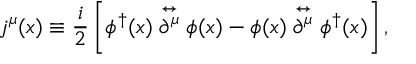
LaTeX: j ^ { \mu } ( x ) \equiv \frac { i } { 2 } \left[ \phi ^ { \dagger } ( x ) \stackrel { \leftrightarrow } { \partial ^ { \mu } } \phi ( x ) - \phi ( x ) \stackrel { \leftrightarrow } { \partial ^ { \mu } } \phi ^ { \dagger } ( x ) \right] ,